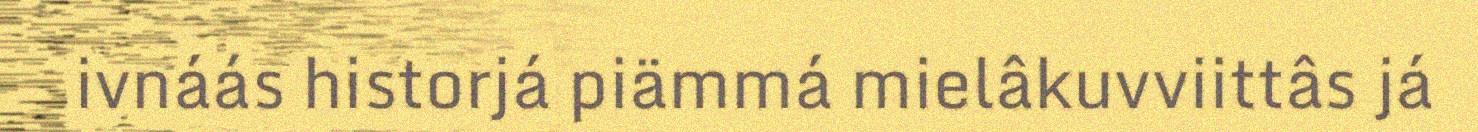
ivnáás historjá piämmá mielâkuvviittâs já